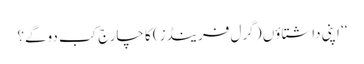
‘‘ اپنی داشتاؤں ( گرل فرینڈز) کا چارج کب دوگے؟